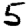
Digit: 5